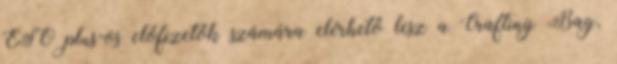
ESO plus-os előfizetők számára elérhető lesz a Crafting Bag,